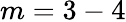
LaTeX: m=3-4